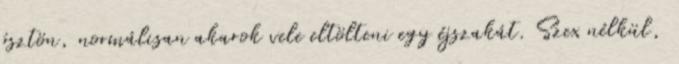
ösztön, normálisan akarok vele eltölteni egy éjszakát. Szex nélkül,